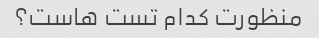
منظورت کدام تست هاست؟